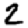
Digit: 2